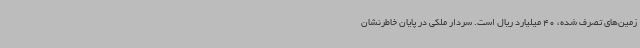
زمین‌های تصرف شده، 40 میلیارد ریال است. سردار ملکی در پایان خاطرنشان